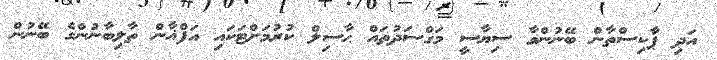
އަދި ޕާކިސްތާން ބޭނުންވާ ސިޔާސީ މަގްސަދުތައް ޙާސިލް ކުރުމަށްޓަކައި އަފްޣާން ތާލިބާނުންގެ ބޭނުން